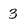
Character: 3